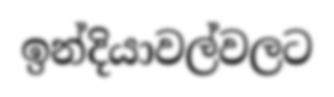
ඉන්දියාවල්වලට